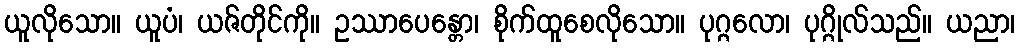
ယူလိုသော။ ယူပံ၊ ယဇ်တိုင်ကို။ ဥဿာပေန္တော၊ စိုက်ထူစေလိုသော။ ပုဂ္ဂလော၊ ပုဂ္ဂိုလ်သည်။ ယညာ၊